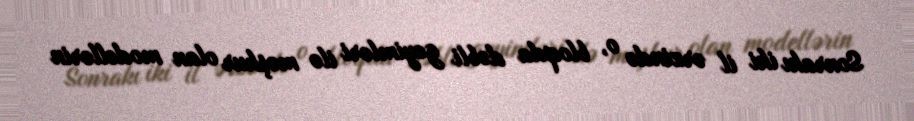
Sonrakı iki il ərzində o, bloqda dəbli geyimləri ilə məşhur olan modellərin